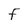
Character: F